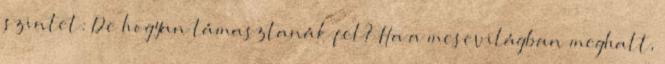
szintet: De hogyan támasztanák fel? Ha a mesevilágban meghalt,